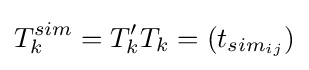
T_{k}^{sim}=T_{k}'T_{k}=(t_{{sim}_{ij}})